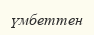
үмбеттен